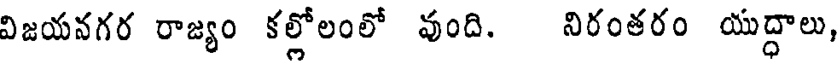
విజయనగర రాజ్యం కల్లోలంలో వుంది. నిరంతరం యుద్ధాలు,